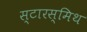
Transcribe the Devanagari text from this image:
स्टारस्मिथ